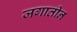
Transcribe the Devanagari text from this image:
जगातीन